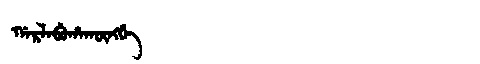
Manchu: ᡤᠠᡵᠯᠠᠪᡠᡥᠠᡴᡡᠩᡤᡝ
Romanization: GARLABUHAKŪNGGE